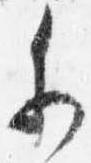
参